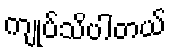
ကျုပ်သိပါတယ်